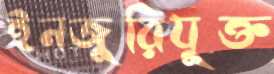
ইনজুরিযুক্ত